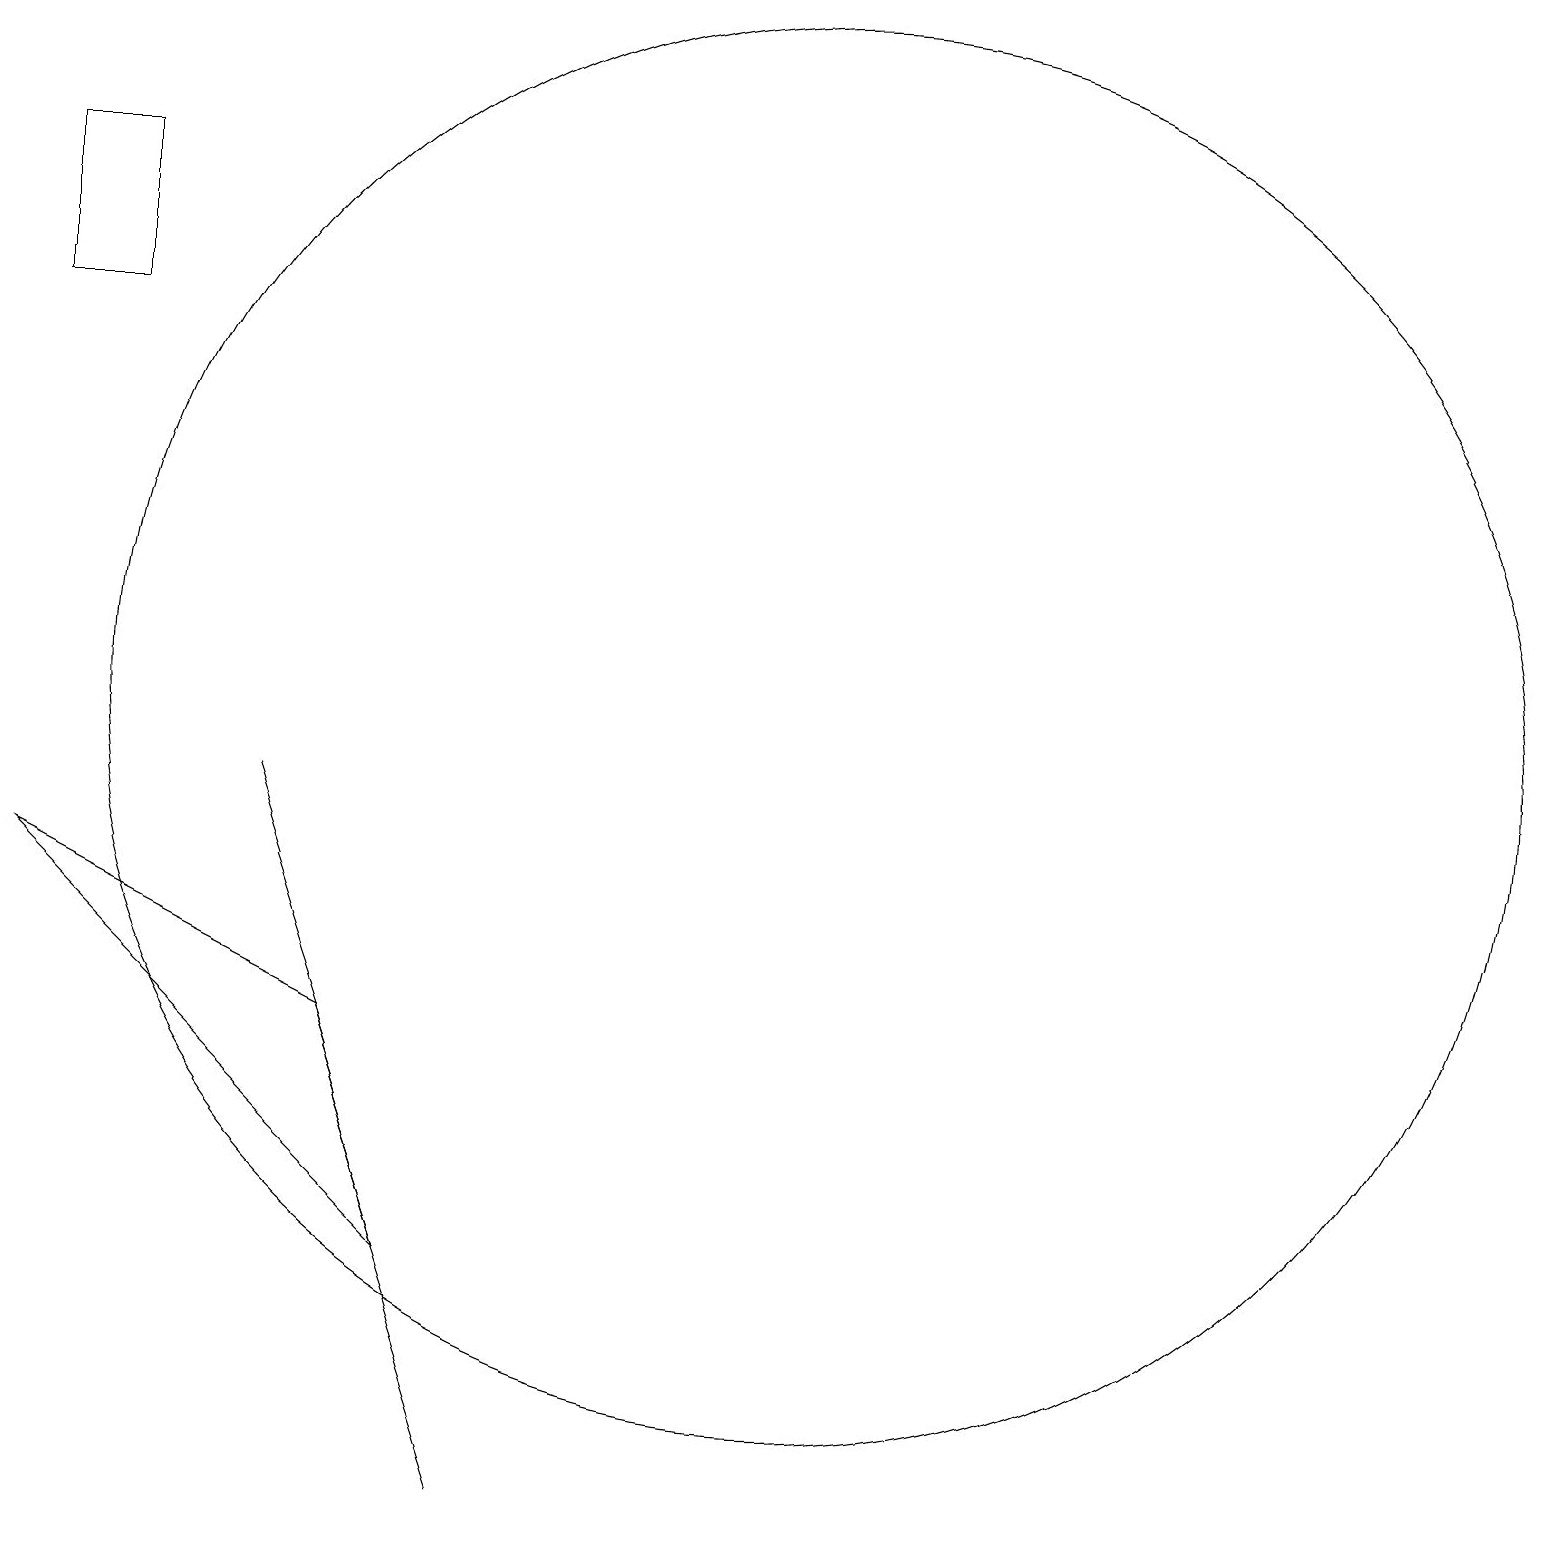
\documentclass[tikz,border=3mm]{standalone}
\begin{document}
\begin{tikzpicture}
\draw (6,0) -- (3,9) -- (5,3) -- cycle;
\draw (1,17) rectangle (0,15);
\draw (10,10) circle (9);
\draw (4,6) -- (5,3) -- (0,8) -- cycle;
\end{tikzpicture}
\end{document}